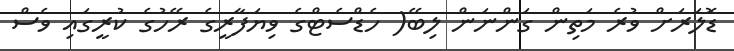
ޑޮލަރަށް ވުރެ މަތިން ގަންނަން ލިބޭ( ހެޑްސެޓްގެ ވިޔަފާރީގެ ރޭހުގެ ކުރީގައި ވެސް